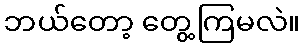
ဘယ်တော့ တွေ့ကြမလဲ။